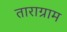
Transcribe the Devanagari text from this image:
ताराग्राम